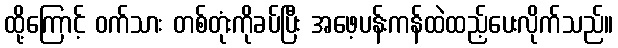
ထို့ကြောင့် ဝက်သား တစ်တုံးကိုခပ်ပြီး အဖေ့ပန်းကန်ထဲထည့်ပေးလိုက်သည်။